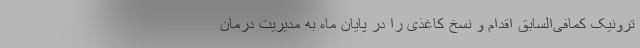
ترونیک کمافی‌السابق اقدام و نسخ کاغذی را در پایان ماه به مدیریت‌ درمان